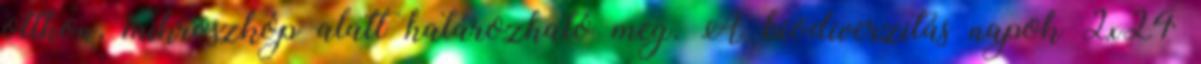
otthon, mikroszkóp alatt határozható meg. A biodiverzitás napok 2x24